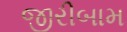
જીરીબામ